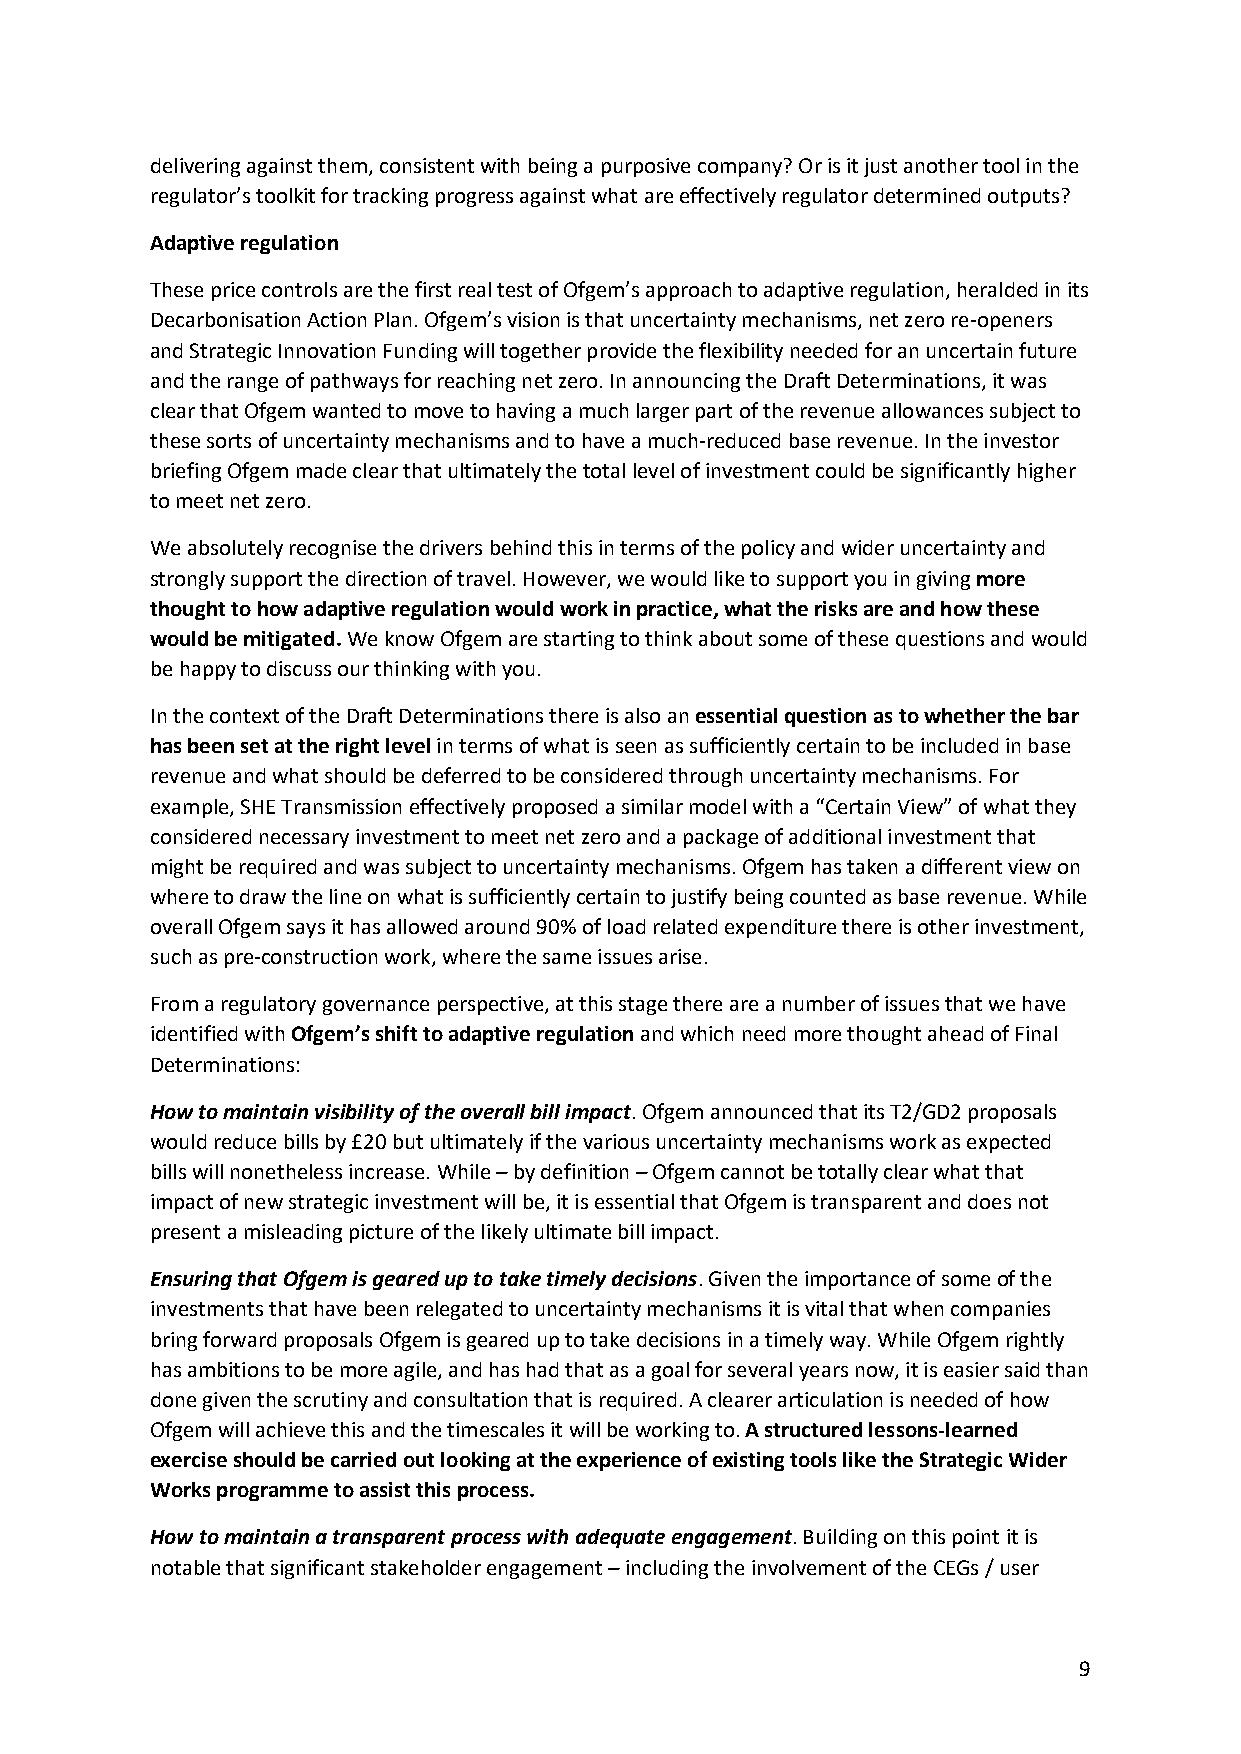
delivering against them, consistent with being a purposive company? Or is it just another tool in the
 regulator’s toolkit for tracking progress against what are effectively regulator determined outputs?
 Adaptive regulation
 These price controls are the first real test of Ofgem’s approach to adaptive regulation, heralded in its
 Decarbonisation Action Plan. Ofgem’s vision is that uncertainty mechanisms, net zero re-openers
 and Strategic Innovation Funding will together provide the flexibility needed for an uncertain future
 and the range of pathways for reaching net zero. In announcing the Draft Determinations, it was
 clear that Ofgem wanted to move to having a much larger part of the revenue allowances subject to
 these sorts of uncertainty mechanisms and to have a much-reduced base revenue. In the investor
 briefing Ofgem made clear that ultimately the total level of investment could be significantly higher
 to meet net zero.
 We absolutely recognise the drivers behind this in terms of the policy and wider uncertainty and
 strongly support the direction of travel. However, we would like to support you in giving more
 thought to how adaptive regulation would work in practice, what the risks are and how these
 would be mitigated. We know Ofgem are starting to think about some of these questions and would
 be happy to discuss our thinking with you.
 In the context of the Draft Determinations there is also an essential question as to whether the bar
 has been set at the right level in terms of what is seen as sufficiently certain to be included in base
 revenue and what should be deferred to be considered through uncertainty mechanisms. For
 example, SHE Transmission effectively proposed a similar model with a “Certain View” of what they
 considered necessary investment to meet net zero and a package of additional investment that
 might be required and was subject to uncertainty mechanisms. Ofgem has taken a different view on
 where to draw the line on what is sufficiently certain to justify being counted as base revenue. While
 overall Ofgem says it has allowed around 90% of load related expenditure there is other investment,
 such as pre-construction work, where the same issues arise.
 From a regulatory governance perspective, at this stage there are a number of issues that we have
 identified with Ofgem’s shift to adaptive regulation and which need more thought ahead of Final
 Determinations:
 How to maintain visibility of the overall bill impact. Ofgem announced that its T2/GD2 proposals
 would reduce bills by £20 but ultimately if the various uncertainty mechanisms work as expected
 bills will nonetheless increase. While – by definition – Ofgem cannot be totally clear what that
 impact of new strategic investment will be, it is essential that Ofgem is transparent and does not
 present a misleading picture of the likely ultimate bill impact.
 Ensuring that Ofgem is geared up to take timely decisions. Given the importance of some of the
 investments that have been relegated to uncertainty mechanisms it is vital that when companies
 bring forward proposals Ofgem is geared up to take decisions in a timely way. While Ofgem rightly
 has ambitions to be more agile, and has had that as a goal for several years now, it is easier said than
 done given the scrutiny and consultation that is required. A clearer articulation is needed of how
 Ofgem will achieve this and the timescales it will be working to. A structured lessons-learned
 exercise should be carried out looking at the experience of existing tools like the Strategic Wider
 Works programme to assist this process.
 How to maintain a transparent process with adequate engagement. Building on this point it is
 notable that significant stakeholder engagement – including the involvement of the CEGs / user
 9